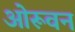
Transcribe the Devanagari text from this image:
ओरूवन